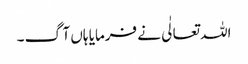
اللہ تعالٰی نے فرمایا ہاں آگ ۔